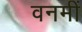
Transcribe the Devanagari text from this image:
वनमीं